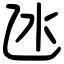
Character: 氹